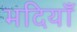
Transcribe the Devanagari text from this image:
भदियाँ